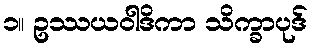
၁။ ဥဿယဝါဒိကာ သိက္ခာပုဒ်